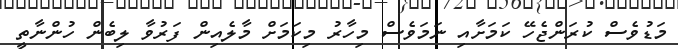
މަޑުވެސް ކުރަންޖެހޭ ކަމަށާއި ނަމަވެސް މިހާރު މިކަމަށް މާލެއިން ފަރުވާ ލިބެން ހުންނާތީ